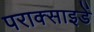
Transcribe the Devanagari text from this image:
पराक्साइडें